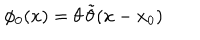
\phi _ { 0 } ( x ) = \theta \, \tilde { \theta } ( x - x _ { 0 } )